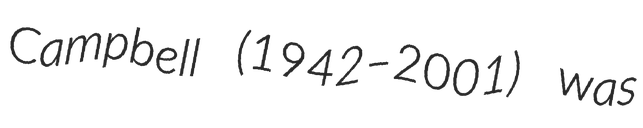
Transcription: Campbell (1942–2001) was